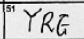
Transcription: YRG